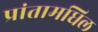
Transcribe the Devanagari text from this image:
प्रांतामधिल